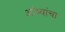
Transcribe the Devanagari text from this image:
आंब्यांचा